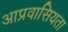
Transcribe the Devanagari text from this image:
आप्रवासियता